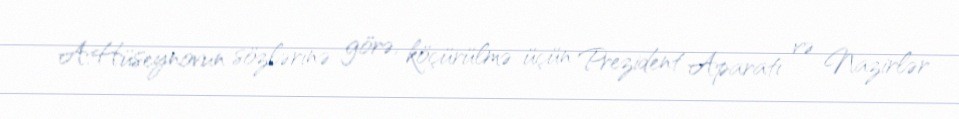
A.Hüseynovun sözlərinə görə, köçürülmə üçün Prezident Aparatı və Nazirlər